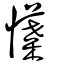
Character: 𢢲